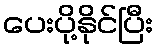
ပေးပို့နိုင်ပြီး